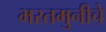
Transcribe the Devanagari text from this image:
भरतमुनीचे